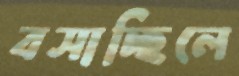
বসাচ্ছিলে